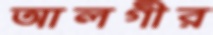
আলগীর